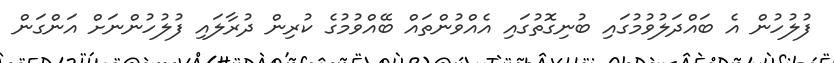
ފުލުހުން އެ ބައްދަލުވުމުގައި ބުނިގޮތުގައި އެއްވުންތައް ބޭއްވުމުގެ ކުރިން ދުރާލައި ފުލުހުންނަށް އަންގަން